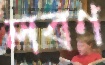
লবণ